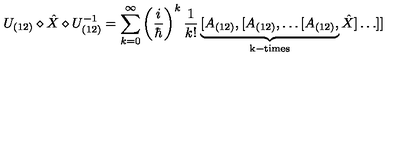
U _ { ( 1 2 ) } \diamond \hat { X } \diamond U _ { ( 1 2 ) } ^ { - 1 } = \sum _ { k = 0 } ^ { \infty } \left( \frac { i } { \hbar } \right) ^ { k } \frac { 1 } { k ! } \underbrace { [ A _ { ( 1 2 ) } , [ A _ { ( 1 2 ) } , \ldots [ A _ { ( 1 2 ) } , } _ { \mathrm { k - t i m e s } } \hat { X } ] \ldots ] ]